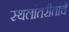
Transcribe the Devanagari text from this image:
स्थलांतरीतांचे